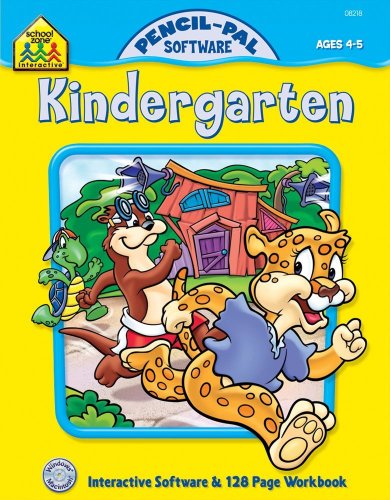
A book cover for Kindergarten: Ages 4-5 (Pencil-Pal Software); Marilee Robin Burton; Children's Books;